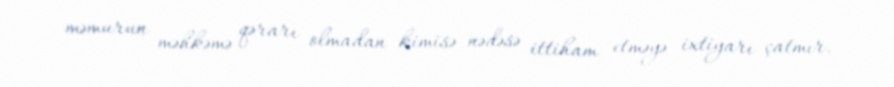
məmurun məhkəmə qərarı olmadan kimisə nədəsə ittiham etməyə ixtiyarı çatmır.